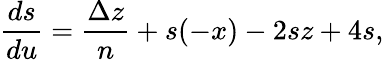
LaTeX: \frac{ds}{du}=\frac{\Delta z}{n}+s(-x)-2sz+4s,